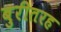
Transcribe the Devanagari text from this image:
बुरीतरह